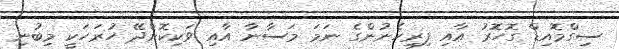
ސިގްމޮއިޑް ގޮހޮރު އާއި ފިރިހެނުންގެ ނަމަ މަސާނާ އާއި ވަކިކޮށްދޭ ހުރަަހަކީ މިބުނި